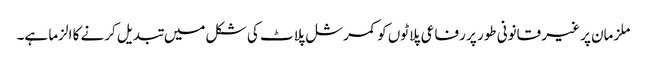
ملزمان پر غیر قانونی طور پر رفاعی پلاٹوں کو کمرشل پلاٹ کی شکل میں تبدیل کرنے کا الزما ہے۔